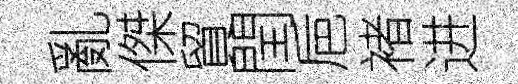
亂傑貿閏巵褚进